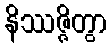
နိဿဇ္ဇိတွာ